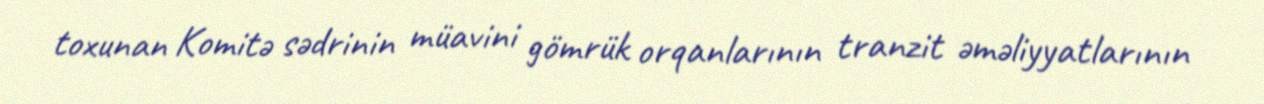
toxunan Komitə sədrinin müavini gömrük orqanlarının tranzit əməliyyatlarının